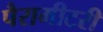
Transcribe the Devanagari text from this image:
पैरामीटरी